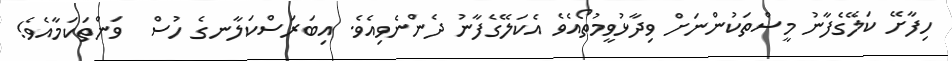
ހިފާށޭ ކަލޭގެފާނު މީސްތަކުންނަށް ވިދާޅުވީމުތޯއެވެ އެކަލޭގެފާނު ދެންނެވިއެވެ. އިބަރަސްކަލާނގެ ހުސް  ވަންތަކަމާއެވެ!